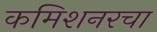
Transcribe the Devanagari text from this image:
कमिशनरचा